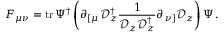
F _ { \mu \nu } = \mathrm { t r } \, \Psi ^ { \dagger } \left( \partial _ { \left[ \mu \right. } \mathcal { D } _ { z } ^ { \dagger } \frac { 1 } { \mathcal { D } _ { z } \mathcal { D } _ { z } ^ { \dagger } } \partial _ { \left. \nu \right] } \mathcal { D } _ { z } \right) \Psi \, .